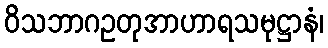
ဝိသဘာဂဥတုအာဟာရသမုဋ္ဌာနံ၊